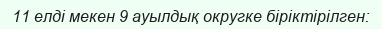
11 елді мекен 9 ауылдық округке біріктірілген: